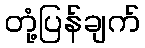
တုံ့ပြန်ချက်